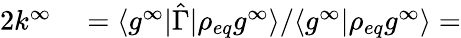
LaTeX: \begin{array}{rl}{2k^{\infty}}&{{}=\langle g^{\infty}\rvert\hat{\Gamma}\rvert\rho_{eq}g^{\infty}\rangle/\langle g^{\infty}\rvert\rho_{eq}g^{\infty}\rangle=}\end{array}